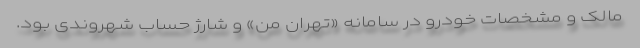
مالک و مشخصات خودرو در سامانه «تهران من» و شارژ حساب شهروندی بود.